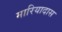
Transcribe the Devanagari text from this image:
मारियादास